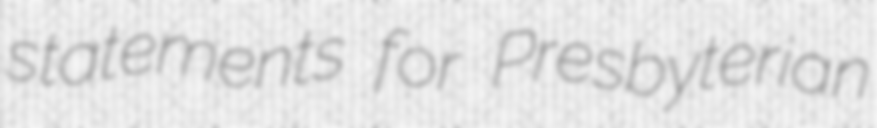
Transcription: statements for Presbyterian